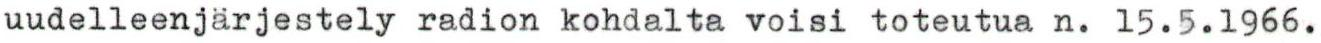
uudelleenjärjestely radion kohdalta voisi toteutua n. 15.5.1966.